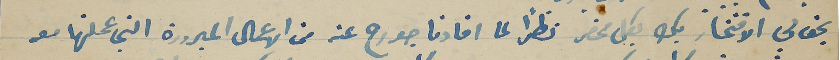
يحق لي الافتخار بك بكل محض نظرًا لما افادنا جورح عنه من الاعمال المبرورة التي عملتها معه